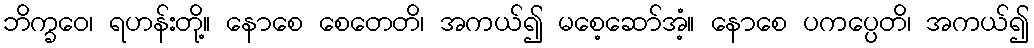
ဘိက္ခဝေ၊ ရဟန်းတို့။ နောစေ စေတေတိ၊ အကယ်၍ မစေ့ဆော်အံ့။ နောစေ ပကပ္ပေတိ၊ အကယ်၍